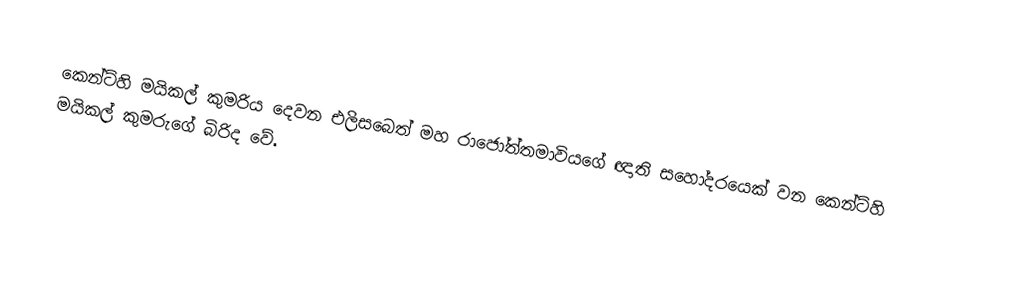
කෙන්ට්හි මයිකල් කුමරිය දෙවන එලිසබෙත් මහ රාජෝත්තමාවියගේ ඥාති සහෝදරයෙක් වන කෙන්ට්හි මයිකල් කුමරුගේ බිරිද වේ.